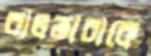
বালতাচাকে